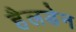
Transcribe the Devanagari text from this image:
हैलडेन